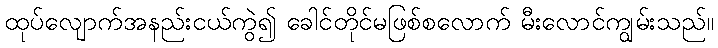
ထုပ်လျောက်အနည်းငယ်ကွဲ၍ ခေါင်တိုင်မဖြစ်စလောက် မီးလောင်ကျွမ်းသည်။